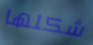
شكلها